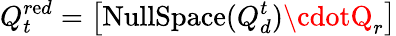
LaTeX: Q_{t}^{r\mathrm{e}d}=\left[{\mathrm{{NullSpac\mathrm{e}}}}(Q_{d}^{t})\cdotQ_{r}\right]